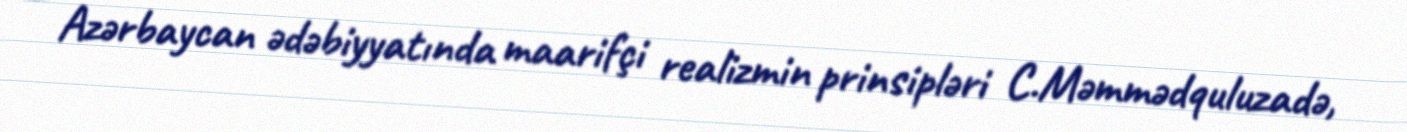
Azərbaycan ədəbiyyatında maarifçi realizmin prinsipləri C.Məmmədquluzadə,